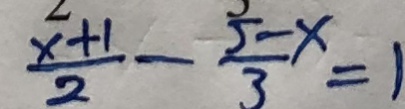
\frac { x + 1 } { 2 } - \frac { 5 - x } { 3 } = 1